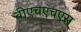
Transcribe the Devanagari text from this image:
बीएचएचएस